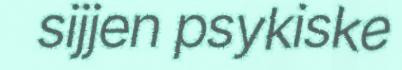
sijjen psykiske